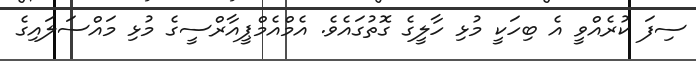
ސިފަ ކުރެއްވީ އެ ބިހަކީ މުޅި ހާލީގެ ގޮތުގައެވެ. އެމްއެމްޕީއާރްސީގެ މުޅި މައްސަލައިގެ